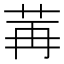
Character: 𫇶